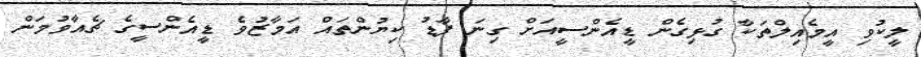
ލީކުވި އީމެއިލްތަކާ ގުޅިގެން ޑީއެންސީއަށް ގިނަ ފާޑު ކިޔުންތައް އަމާޒުވެ ޑީއެންސީގެ ޗެއާވުމަން